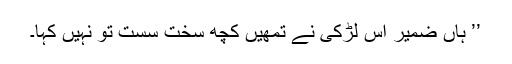
’’ ہاں ضمیر اس لڑکی نے تمھیں کچھ سخت سست تو نہیں کہا۔